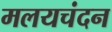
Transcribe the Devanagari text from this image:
मलयचंदन